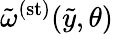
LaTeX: \tilde{\omega}^{(\mathrm{st})}(\tilde{y},\theta)